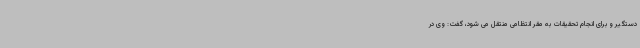
دستگیر و برای انجام تحقیقات به مقر انتظامی منتقل می شود، گفت: وی در